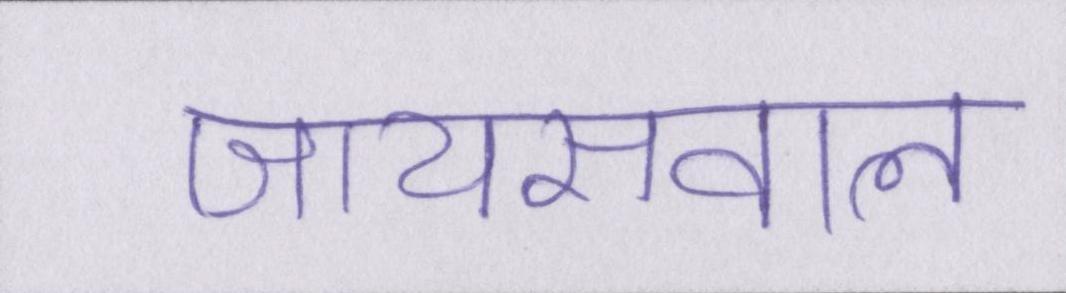
जायसवाल